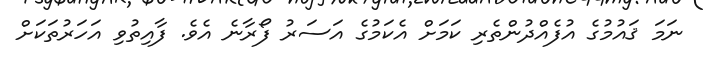
ނަމަ ޤައުމުގެ އުފެއްދުންތެރި ކަމަށް އެކަމުގެ އަސަރު ފޯރާނެ އެވެ. ފާއިތުވި އަހަރުތަކަށް